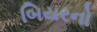
બિયરનો